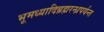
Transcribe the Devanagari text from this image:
भूमध्यादिब्रह्मरन्ध्रपर्यन्त